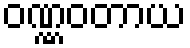
ဝဏ္ဏဝတာယ